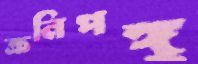
ক্রনিপঙ্গু